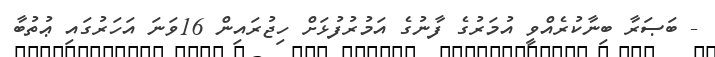
- ބަޞަރާ ބިނާކުރެއްވީ އުމަރުގެ ފާނުގެ އަމުރުފުޅަށް ހިޖުރައިން 16ވަނަ އަހަރުގައި ޢުތުބާ